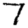
Digit: 7